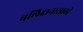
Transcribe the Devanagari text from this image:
बलिदानासाठी